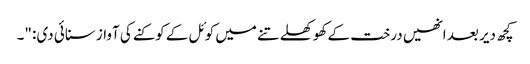
کچھ دیر بعد انھیں درخت کے کھوکھلے تنے میں کوئل کے کوکنے کی آواز سنائی دی: "۔